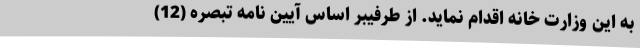
به این وزارت خانه اقدام نماید. از طرفیبر اساس آیین نامه تبصره (12)